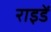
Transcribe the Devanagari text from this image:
राइडें